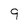
Character: 9